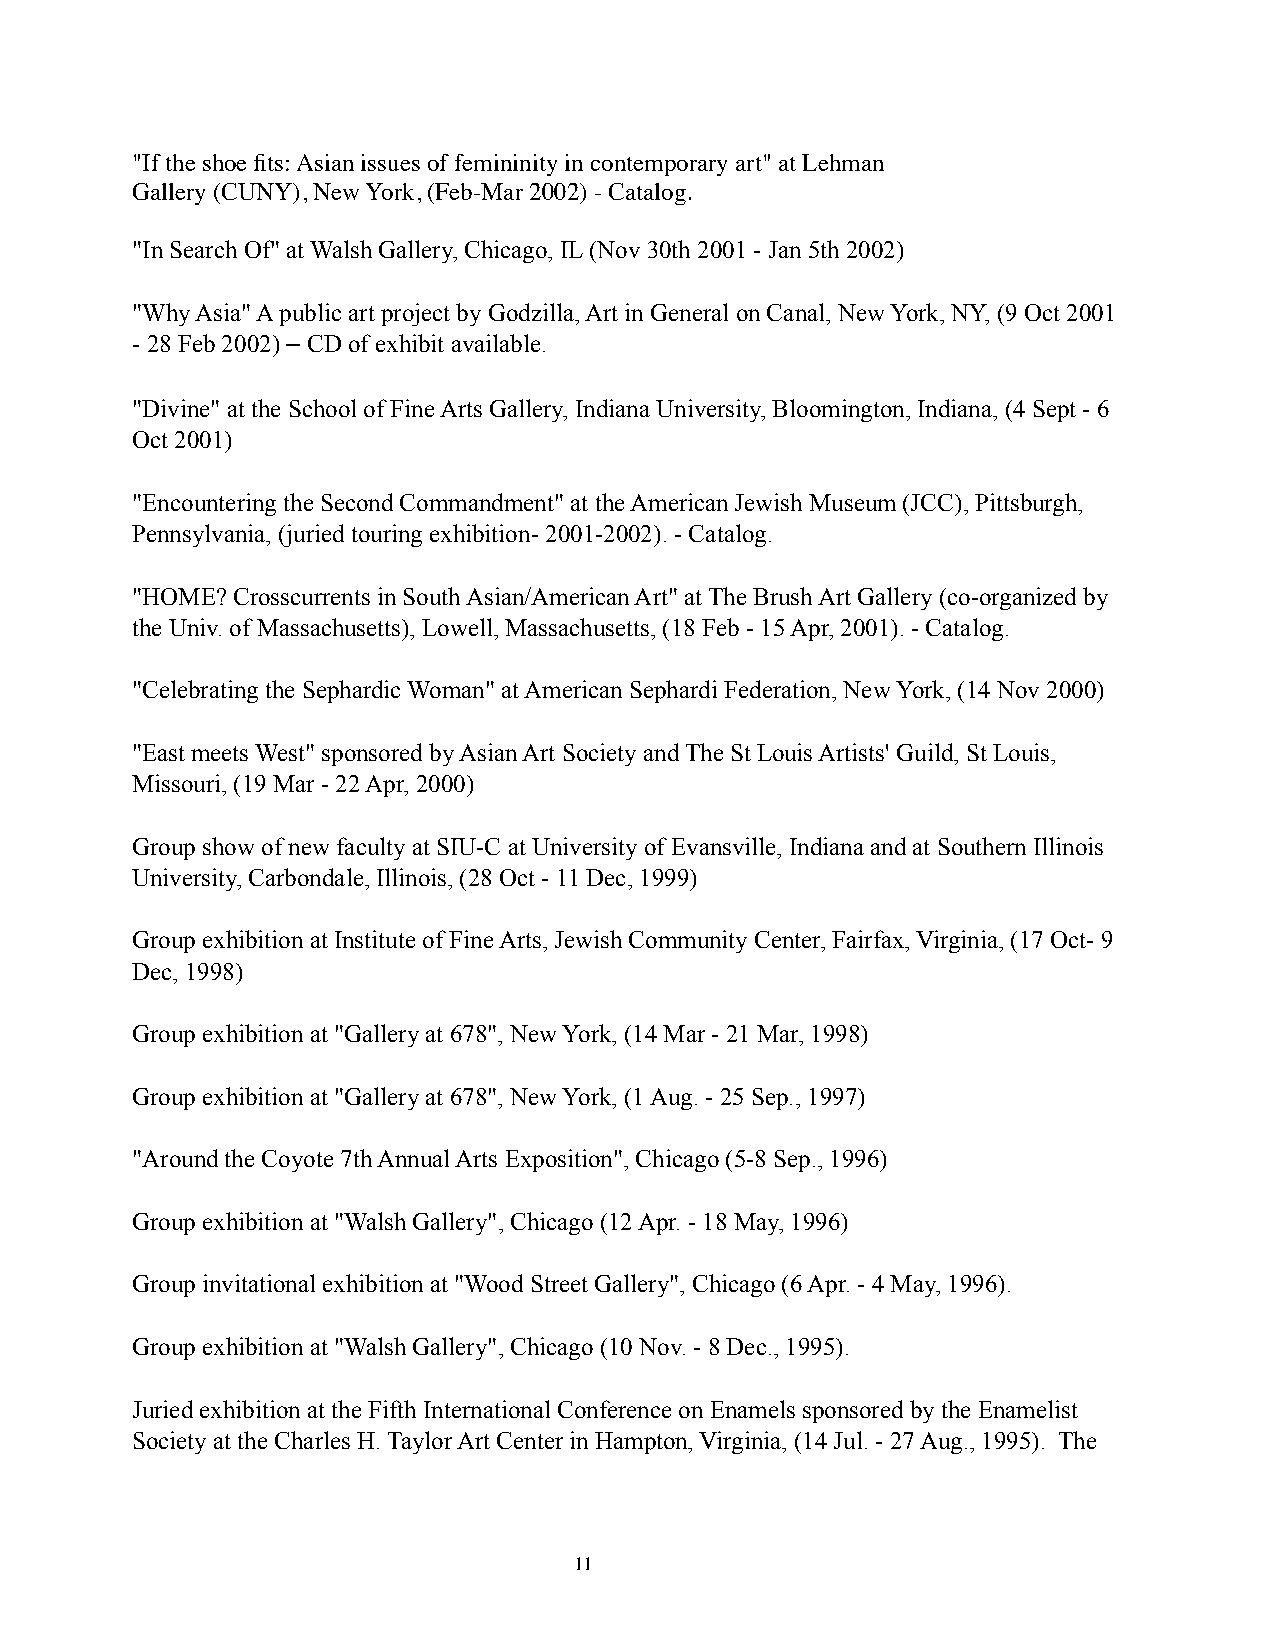
"If the shoe fits: Asian issues of femininity in contemporary art" at Lehman
 Gallery (CUNY), New York, (Feb-Mar 2002) - Catalog.
 "In Search Of" at Walsh Gallery, Chicago, IL (Nov 30th 2001 - Jan 5th 2002)
 "Why Asia" A public art project by Godzilla, Art in General on Canal, New York, NY, (9 Oct 2001
 - 28 Feb 2002) – CD of exhibit available.
 "Divine" at the School of Fine Arts Gallery, Indiana University, Bloomington, Indiana, (4 Sept - 6
 Oct 2001)
 "Encountering the Second Commandment" at the American Jewish Museum (JCC), Pittsburgh,
 Pennsylvania, (juried touring exhibition- 2001-2002). - Catalog.
 "HOME? Crosscurrents in South Asian/American Art" at The Brush Art Gallery (co-organized by
 the Univ. of Massachusetts), Lowell, Massachusetts, (18 Feb - 15 Apr, 2001). - Catalog.
 "Celebrating the Sephardic Woman" at American Sephardi Federation, New York, (14 Nov 2000)
 "East meets West" sponsored by Asian Art Society and The St Louis Artists' Guild, St Louis,
 Missouri, (19 Mar - 22 Apr, 2000)
 Group show of new faculty at SIU-C at University of Evansville, Indiana and at Southern Illinois
 University, Carbondale, Illinois, (28 Oct - 11 Dec, 1999)
 Group exhibition at Institute of Fine Arts, Jewish Community Center, Fairfax, Virginia, (17 Oct- 9
 Dec, 1998)
 Group exhibition at "Gallery at 678", New York, (14 Mar - 21 Mar, 1998)
 Group exhibition at "Gallery at 678", New York, (1 Aug. - 25 Sep., 1997)
 "Around the Coyote 7th Annual Arts Exposition", Chicago (5-8 Sep., 1996)
 Group exhibition at "Walsh Gallery", Chicago (12 Apr. - 18 May, 1996)
 Group invitational exhibition at "Wood Street Gallery", Chicago (6 Apr. - 4 May, 1996).
 Group exhibition at "Walsh Gallery", Chicago (10 Nov. - 8 Dec., 1995).
 Juried exhibition at the Fifth International Conference on Enamels sponsored by the Enamelist
 Society at the Charles H. Taylor Art Center in Hampton, Virginia, (14 Jul. - 27 Aug., 1995). The
 11